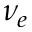
\nu _ { e }